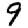
Digit: 9